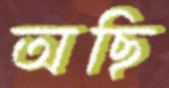
অছি